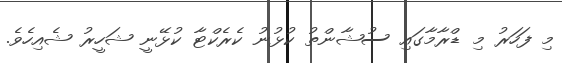
މި ފަހަރު މި ޑްރާމާގައި ސުޝާންތު ކުޅުނު ކެރެކްޓާ ކުޅޭނީ ޝަހީރު ޝެއިހެވެ.